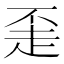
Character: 𬦇